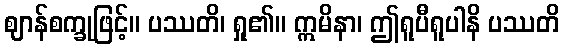
ဈာန်စက္ခုဖြင့်။ ပဿတိ၊ ရှု၏။ ဣမိနာ၊ ဤရူပီရူပါနိ ပဿတိ